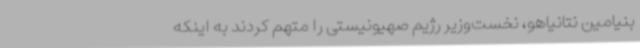
بنیامین نتانیاهو، نخست‌وزیر رژیم صهیونیستی را متهم کردند به اینکه